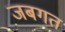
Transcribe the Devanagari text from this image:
जबगत